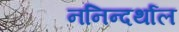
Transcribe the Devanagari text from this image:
ननिन्दर्थाल